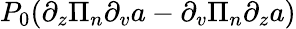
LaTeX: P_{0}(\partial_{z}\Pi_{n}\partial_{v}a-\partial_{v}\Pi_{n}\partial_{z}a)